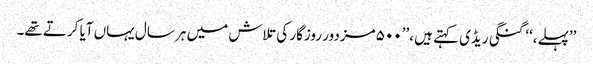
’’پہلے،‘‘ گنگی ریڈی کہتے ہیں، ’’۵۰۰ مزدور روزگار کی تلاش میں ہر سال یہاں آیا کرتے تھے۔